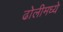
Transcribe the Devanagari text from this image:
ढोलीमध्ये